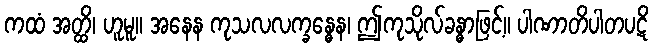
ကထံ အတ္ထိ၊ ဟူမူ။ အနေန ကုသလလက္ခန္ဓေန၊ ဤကုသိုလ်ခန္ဓာဖြင့်။ ပါဏာတိပါတပဋိ